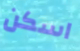
اسكن